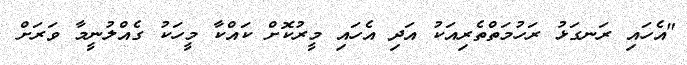
"އެހައި ރަނގަޅު ރަހުމަތްތެރިއަކު އަދި އެހައި މީރުކޮށް ކައްކާ މީހަކު ގެއްލުނީމާ ވަރަށް